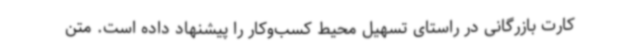
کارت بازرگانی در راستای تسهیل محیط کسب‌وکار را پیشنهاد داده است. متن